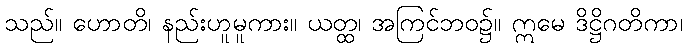
သည်။ ဟောတိ၊ နည်းဟူမူကား။ ယတ္ထ၊ အကြင်ဘဝ၌။ ဣမေ ဒိဋ္ဌိဂတိကာ၊